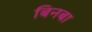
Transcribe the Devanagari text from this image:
बिनबा